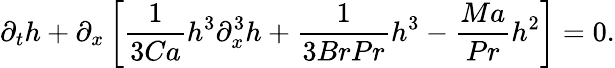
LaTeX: \partial_{t}h+\partial_{x}\left[\frac{1}{3Ca}h^{3}\partial_{x}^{3}h+\frac{1}{3BrPr}h^{3}-\frac{Ma}{Pr}h^{2}\right]=0.